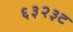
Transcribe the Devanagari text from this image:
६३२३ट